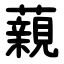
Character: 藽